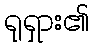
ရုရှား၏